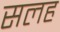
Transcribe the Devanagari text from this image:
सलह